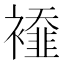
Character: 𧞁